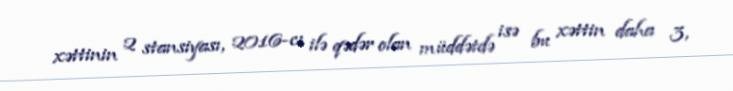
xəttinin 2 stansiyası, 2016-cı ilə qədər olan müddətdə isə bu xəttin daha 3,